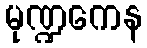
မုဏ္ဍကေန